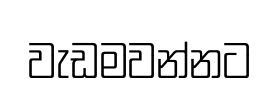
වැඩමවන්නට